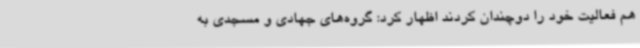
هم فعالیت خود را دوچندان کردند اظهار کرد: گروه‌های جهادی و مسجدی به